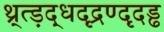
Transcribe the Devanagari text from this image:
थ्र्त्ड़द्धदृद्रण्दृदड्ढ